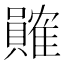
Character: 𬥩